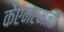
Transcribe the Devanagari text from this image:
केएनएमजी